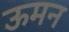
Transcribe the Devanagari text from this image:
ऊमन